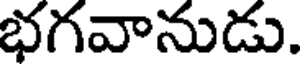
భగవానుడు.